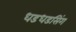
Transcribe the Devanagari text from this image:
धडधडसिंग